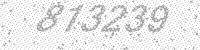
Solution: 813239